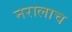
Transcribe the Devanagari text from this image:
नरालाच